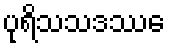
ပုရိသသဒဿေ